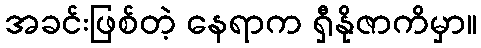
အခင်းဖြစ်တဲ့ နေရာက ရှီနိုဇာကိမှာ။